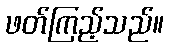
ဖတ်ကြည့်သည်။